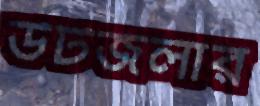
উটজলার